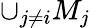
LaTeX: \cup_{j\neq i}M_{j}